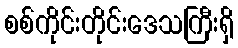
စစ်ကိုင်းတိုင်းဒေသကြီးရှိ